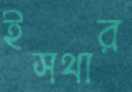
ইসথার